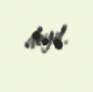
deyil.